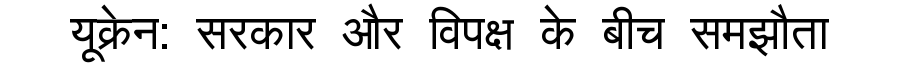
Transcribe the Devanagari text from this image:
यूक्रेन: सरकार और विपक्ष के बीच समझौता